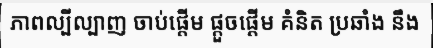
ភាពល្បីល្បាញ ចាប់ផ្តើម ផ្តួចផ្តើម គំនិត ប្រឆាំង នឹង